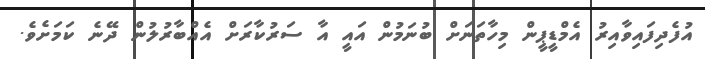
އުފެދިފައިވާއިރު އެމްޑީޕީން މިހާތަނަށް ބުނަމުން އައީ އާ ސަރުކާރަށް އެއްބާރުލުން ދޭނެ ކަމަށެވެ.